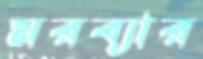
মরব্যার